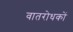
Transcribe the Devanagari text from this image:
वातरोधकों